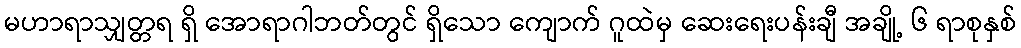
မဟာရာသျှတ္တရ ရှိ အောရာဂါဘတ်တွင် ရှိသော ကျောက် ဂူထဲမှ ဆေးရေးပန်းချီ အချို့ ၆ ရာစုနှစ်